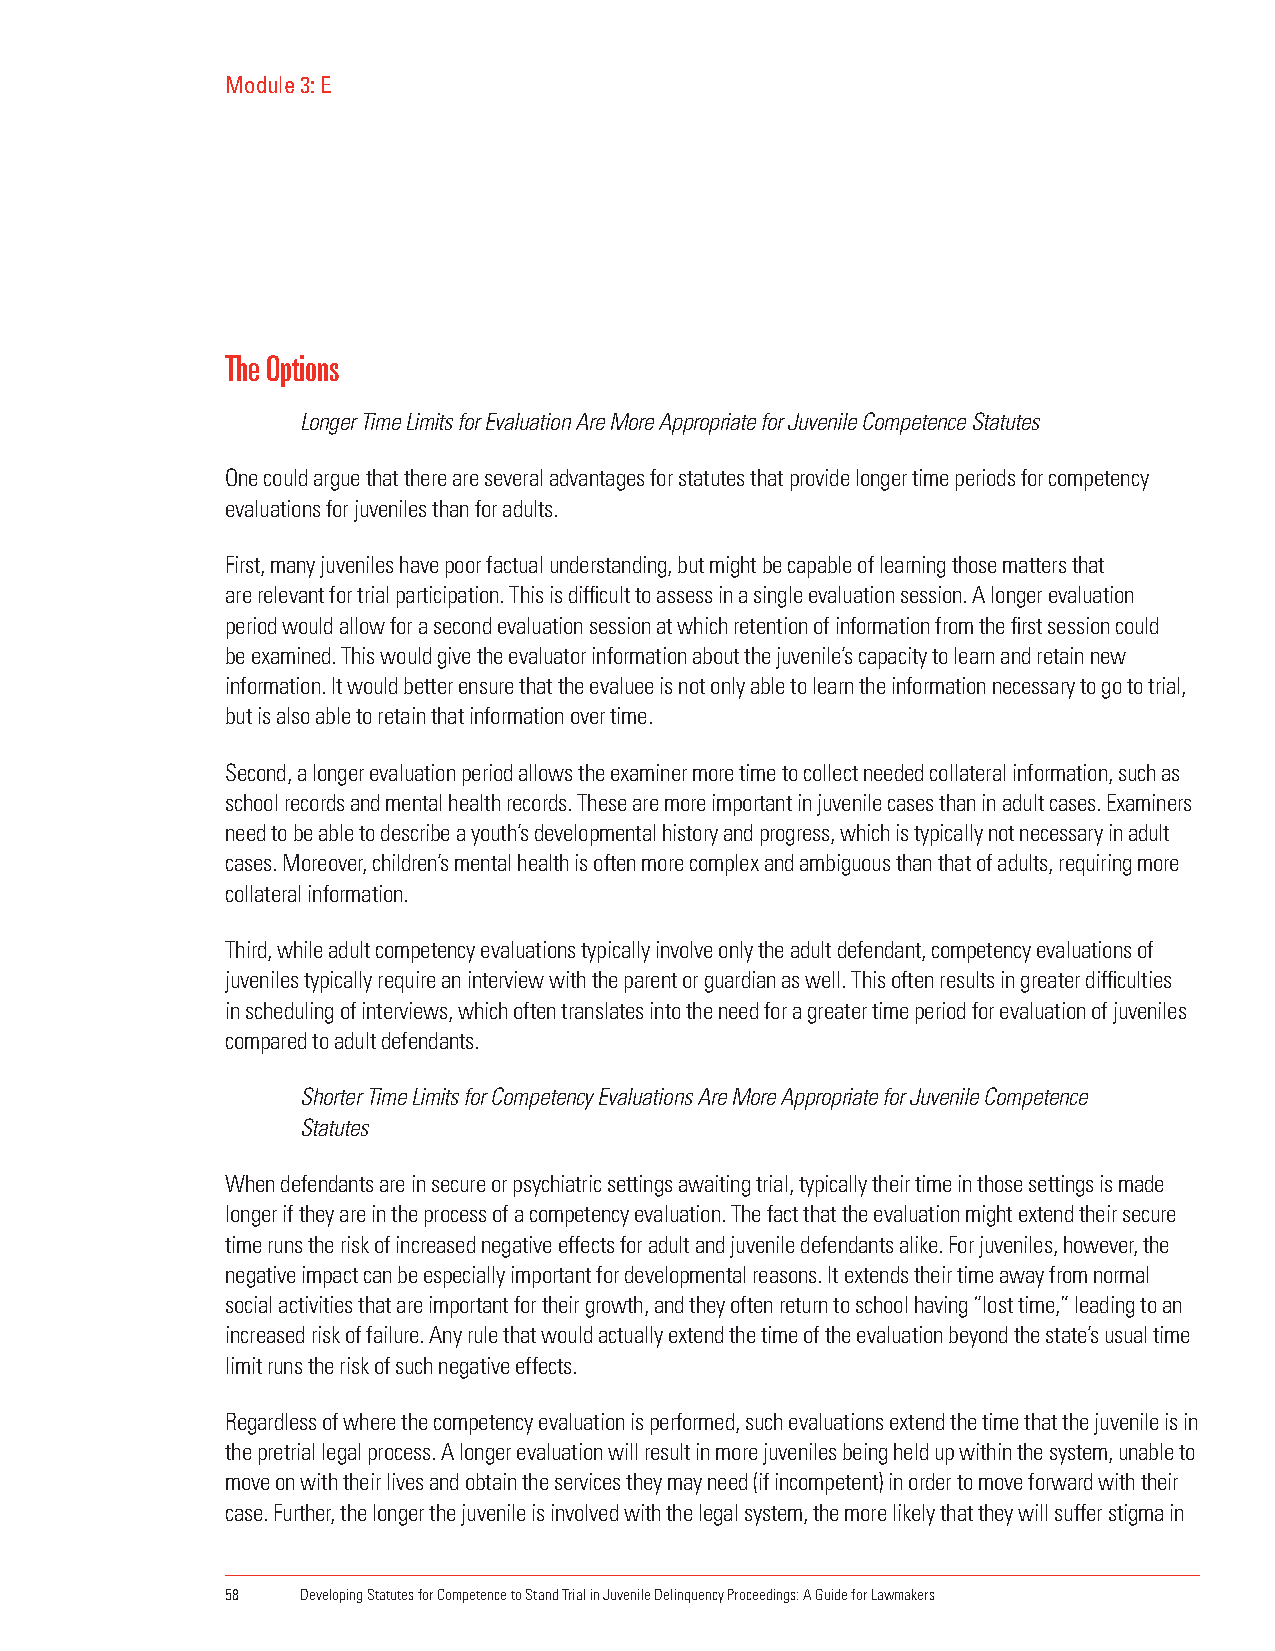
Module 3: E
 The Options
 Longer Time Limits for Evaluation Are More Appropriate for Juvenile Competence Statutes
 One could argue that there are several advantages for statutes that provide longer time periods for competency
 evaluations for juveniles than for adults.
 First, many juveniles have poor factual understanding, but might be capable of learning those matters that
 are relevant for trial participation. This is difficult to assess in a single evaluation session. A longer evaluation
 period would allow for a second evaluation session at which retention of information from the first session could
 be examined. This would give the evaluator information about the juvenile’s capacity to learn and retain new
 information. It would better ensure that the evaluee is not only able to learn the information necessary to go to trial,
 but is also able to retain that information over time.
 Second, a longer evaluation period allows the examiner more time to collect needed collateral information, such as
 school records and mental health records. These are more important in juvenile cases than in adult cases. Examiners
 need to be able to describe a youth’s developmental history and progress, which is typically not necessary in adult
 cases. Moreover, children’s mental health is often more complex and ambiguous than that of adults, requiring more
 collateral information.
 Third, while adult competency evaluations typically involve only the adult defendant, competency evaluations of
 juveniles typically require an interview with the parent or guardian as well. This often results in greater difficulties
 in scheduling of interviews, which often translates into the need for a greater time period for evaluation of juveniles
 compared to adult defendants.
 Shorter Time Limits for Competency Evaluations Are More Appropriate for Juvenile Competence
 Statutes
 When defendants are in secure or psychiatric settings awaiting trial, typically their time in those settings is made
 longer if they are in the process of a competency evaluation. The fact that the evaluation might extend their secure
 time runs the risk of increased negative effects for adult and juvenile defendants alike. For juveniles, however, the
 negative impact can be especially important for developmental reasons. It extends their time away from normal
 social activities that are important for their growth, and they often return to school having “lost time,” leading to an
 increased risk of failure. Any rule that would actually extend the time of the evaluation beyond the state’s usual time
 limit runs the risk of such negative effects.
 Regardless of where the competency evaluation is performed, such evaluations extend the time that the juvenile is in
 the pretrial legal process. A longer evaluation will result in more juveniles being held up within the system, unable to
 move on with their lives and obtain the services they may need (if incompetent) in order to move forward with their
 case. Further, the longer the juvenile is involved with the legal system, the more likely that they will suffer stigma in
 58   Developing Statutes for Competence to Stand Trial in Juvenile Delinquency Proceedings: A Guide for Lawmakers